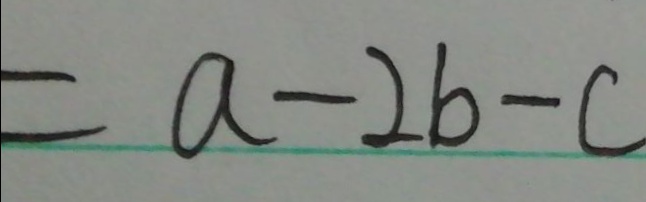
= a - 2 b - c